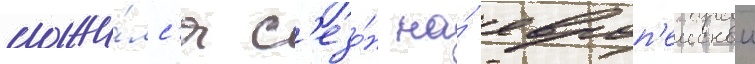
сложи́лс'я с'езо́н на́ европ'еискои